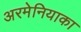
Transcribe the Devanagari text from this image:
अरमेनियाका